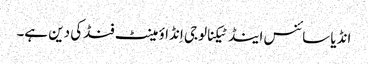
انڈیا سائنس اینڈ ٹیکنالوجی اِنڈاؤمینٹ فنڈکی دین ہے۔